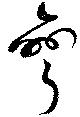
彎